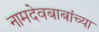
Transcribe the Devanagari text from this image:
नामदेवबाबांच्या